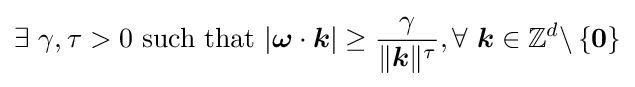
\exists ~\gamma ,\tau >0{\text{ such that }}|{\boldsymbol {\omega }}\cdot {\boldsymbol {k}}|\geq {\frac {\gamma }{\|{\boldsymbol {k}}\|^{\tau }}},\forall ~{\boldsymbol {k}}\in \mathbb {Z} ^{d}\backslash \left\{{\boldsymbol {0}}\right\}